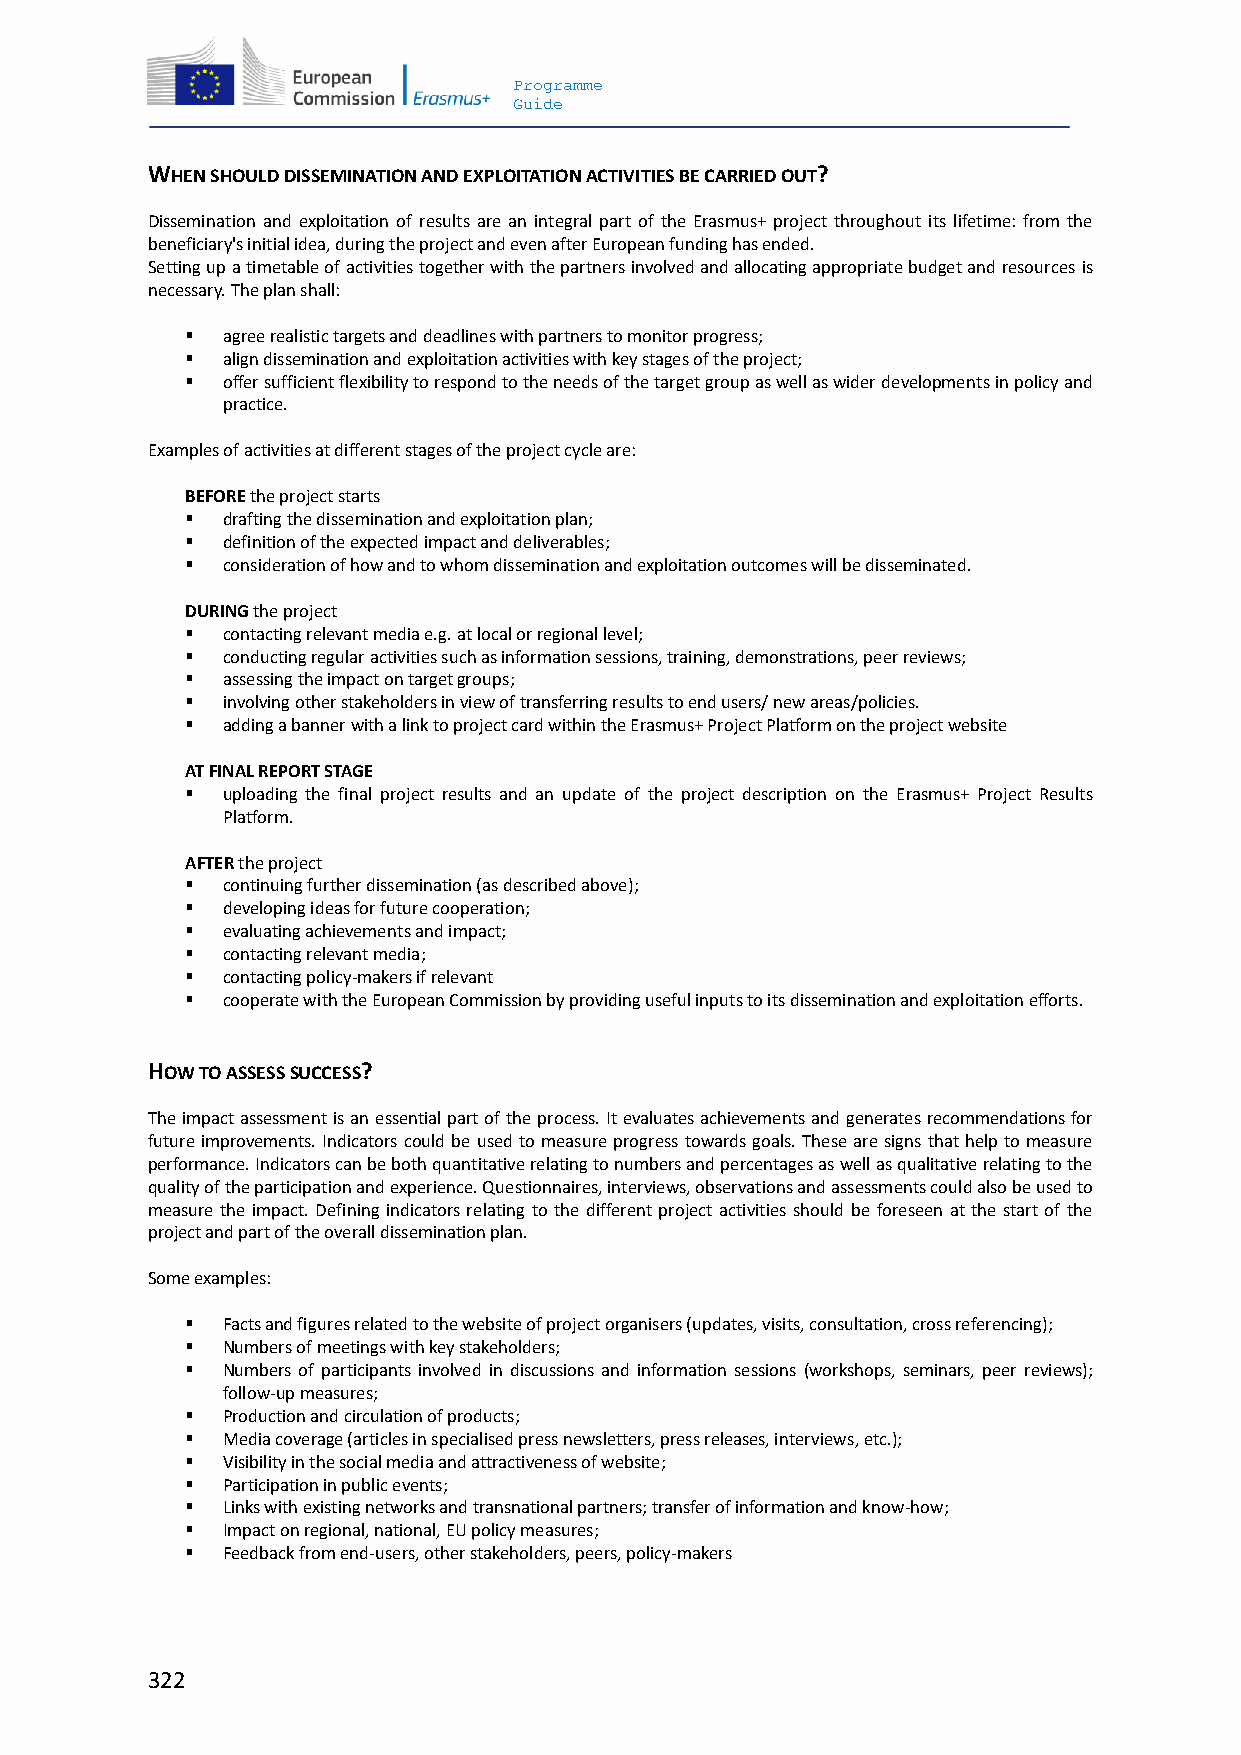
Programme
 Guide
 WHEN SHOULD DISSEMINATION AND EXPLOITATION ACTIVITIES BE CARRIED OUT?
 Dissemination and exploitation of results are an integral part of the Erasmus+ project throughout its lifetime: from the
 beneficiary's initial idea, during the project and even after European funding has ended.
 Setting up a timetable of activities together with the partners involved and allocating appropriate budget and resources is
 necessary. The plan shall:
   agree realistic targets and deadlines with partners to monitor progress;
   align dissemination and exploitation activities with key stages of the project;
   offer sufficient flexibility to respond to the needs of the target group as well as wider developments in policy and
 practice.
 Examples of activities at different stages of the project cycle are:
 BEFORE the project starts
   drafting the dissemination and exploitation plan;
   definition of the expected impact and deliverables;
   consideration of how and to whom dissemination and exploitation outcomes will be disseminated.
 DURING the project
   contacting relevant media e.g. at local or regional level;
   conducting regular activities such as information sessions, training, demonstrations, peer reviews;
   assessing the impact on target groups;
   involving other stakeholders in view of transferring results to end users/ new areas/policies.
   adding a banner with a link to project card within the Erasmus+ Project Platform on the project website
 AT FINAL REPORT STAGE
   uploading the final project results and an update of the project description on the Erasmus+ Project Results
 Platform.
 AFTER the project
   continuing further dissemination (as described above);
   developing ideas for future cooperation;
   evaluating achievements and impact;
   contacting relevant media;
   contacting policy-makers if relevant
   cooperate with the European Commission by providing useful inputs to its dissemination and exploitation efforts.
 HOW TO ASSESS SUCCESS?
 The impact assessment is an essential part of the process. It evaluates achievements and generates recommendations for
 future improvements. Indicators could be used to measure progress towards goals. These are signs that help to measure
 performance. Indicators can be both quantitative relating to numbers and percentages as well as qualitative relating to the
 quality of the participation and experience. Questionnaires, interviews, observations and assessments could also be used to
 measure the impact. Defining indicators relating to the different project activities should be foreseen at the start of the
 project and part of the overall dissemination plan.
 Some examples:
   Facts and figures related to the website of project organisers (updates, visits, consultation, cross referencing);
   Numbers of meetings with key stakeholders;
   Numbers of participants involved in discussions and information sessions (workshops, seminars, peer reviews);
 follow-up measures;
   Production and circulation of products;
   Media coverage (articles in specialised press newsletters, press releases, interviews, etc.);
   Visibility in the social media and attractiveness of website;
   Participation in public events;
   Links with existing networks and transnational partners; transfer of information and know-how;
   Impact on regional, national, EU policy measures;
   Feedback from end-users, other stakeholders, peers, policy-makers
 322